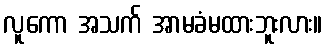
လူကော အသက် အာမခံမထားဘူးလား။